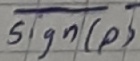
Text: Sign(p)